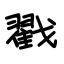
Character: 戳